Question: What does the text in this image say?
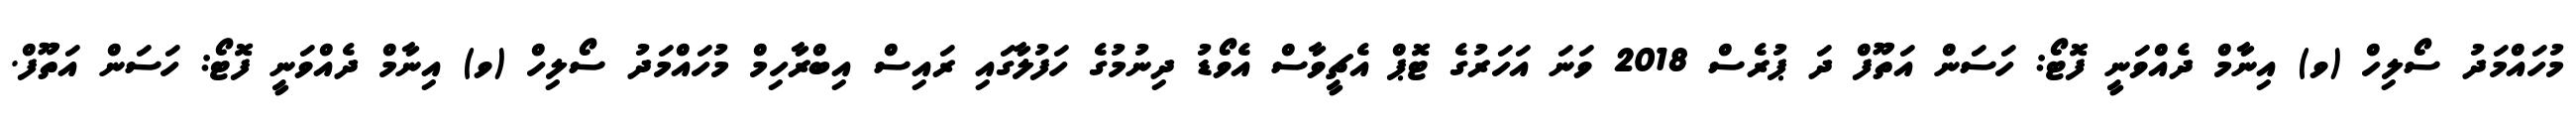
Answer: މުހައްމަދު ސޯލިހް (ވ) އިނާމް ދެއްވަނީ ފޮޓޯ: ހަސަން އަތޫފް ދަ ޕުރެސް 2018 ވަނަ އަހަރުގެ ޓޮޕް އެޗީވާސް އެވޯޑު ދިނުމުގެ ހަފުލާގައި ރައިސް އިބްރާހިމް މުހައްމަދު ސޯލިހް (ވ) އިނާމް ދެއްވަނީ ފޮޓޯ: ހަސަން އަތޫފް.